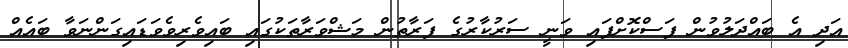
އަދި އެ ބައްދަލުވުން ފަސްކޮށްފައި ވަނީ ސަރުކާރުގެ ފަރާތުން މަޝްވަރާތަކުގައި ބައިވެރިވެވަޑައިގަންނަވާ ބައެއް